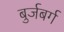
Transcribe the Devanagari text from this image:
बुर्जबर्ग